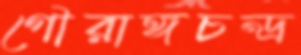
গৌরাঙ্গচন্দ্র